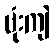
ဗုံးကျဲ